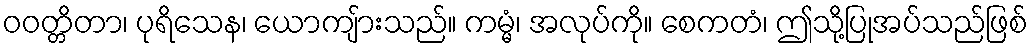
ဝဝတ္တိတာ၊ ပုရိသေန၊ ယောကျ်ားသည်။ ကမ္မံ၊ အလုပ်ကို။ စေကတံ၊ ဤသို့ပြုအပ်သည်ဖြစ်